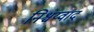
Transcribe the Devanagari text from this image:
निश्चय्वाद